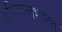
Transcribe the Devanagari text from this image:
हरियालभारत